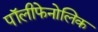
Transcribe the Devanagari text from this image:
पॉलीफेनोलिक